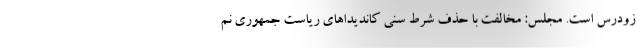
زودرس است. مجلس: مخالفت با حذف شرط سنی کاندیداهای ریاست جمهوری نم